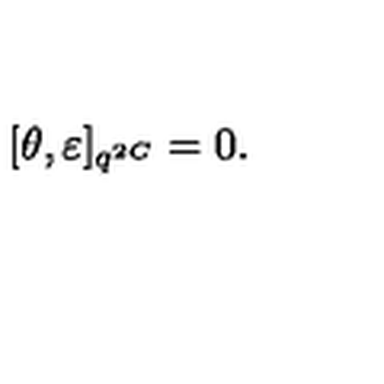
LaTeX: [ \theta , \varepsilon ] _ { q ^ { 2 C } } = 0 .